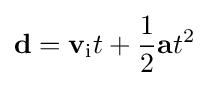
\mathbf {d} =\mathbf {v} _{\text{i}}t+{\frac {1}{2}}\mathbf {a} t^{2}